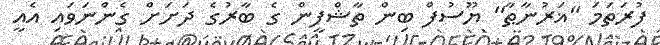
ފުރަތަމަ ''ޣަރުނާޠާ'' ޔޫސުފް ބިން ތާޝްފީން ގެ ބާރުގެ ދަށަށް ގެންނަވައި އެއީ